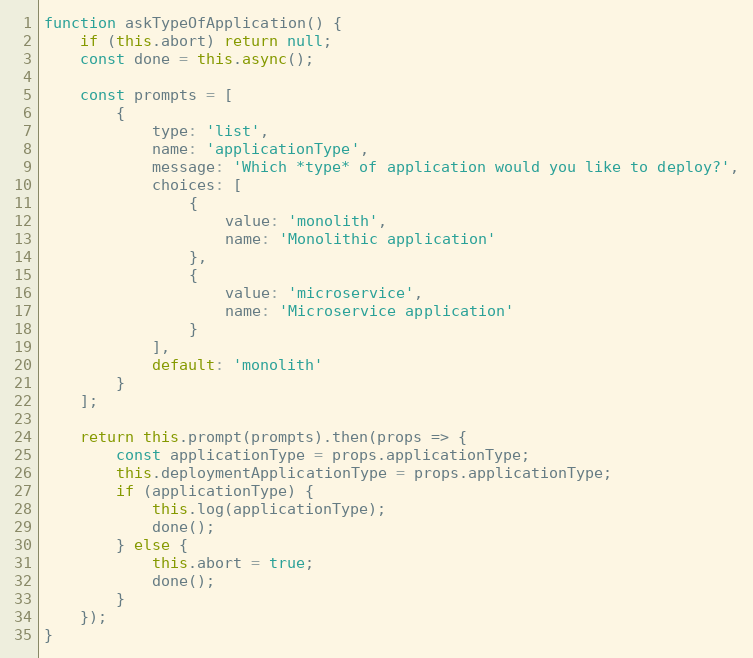
Language: JavaScript
function askTypeOfApplication() {
    if (this.abort) return null;
    const done = this.async();

    const prompts = [
        {
            type: 'list',
            name: 'applicationType',
            message: 'Which *type* of application would you like to deploy?',
            choices: [
                {
                    value: 'monolith',
                    name: 'Monolithic application'
                },
                {
                    value: 'microservice',
                    name: 'Microservice application'
                }
            ],
            default: 'monolith'
        }
    ];

    return this.prompt(prompts).then(props => {
        const applicationType = props.applicationType;
        this.deploymentApplicationType = props.applicationType;
        if (applicationType) {
            this.log(applicationType);
            done();
        } else {
            this.abort = true;
            done();
        }
    });
}